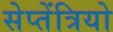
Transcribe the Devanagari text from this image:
सेप्तेंत्रियो